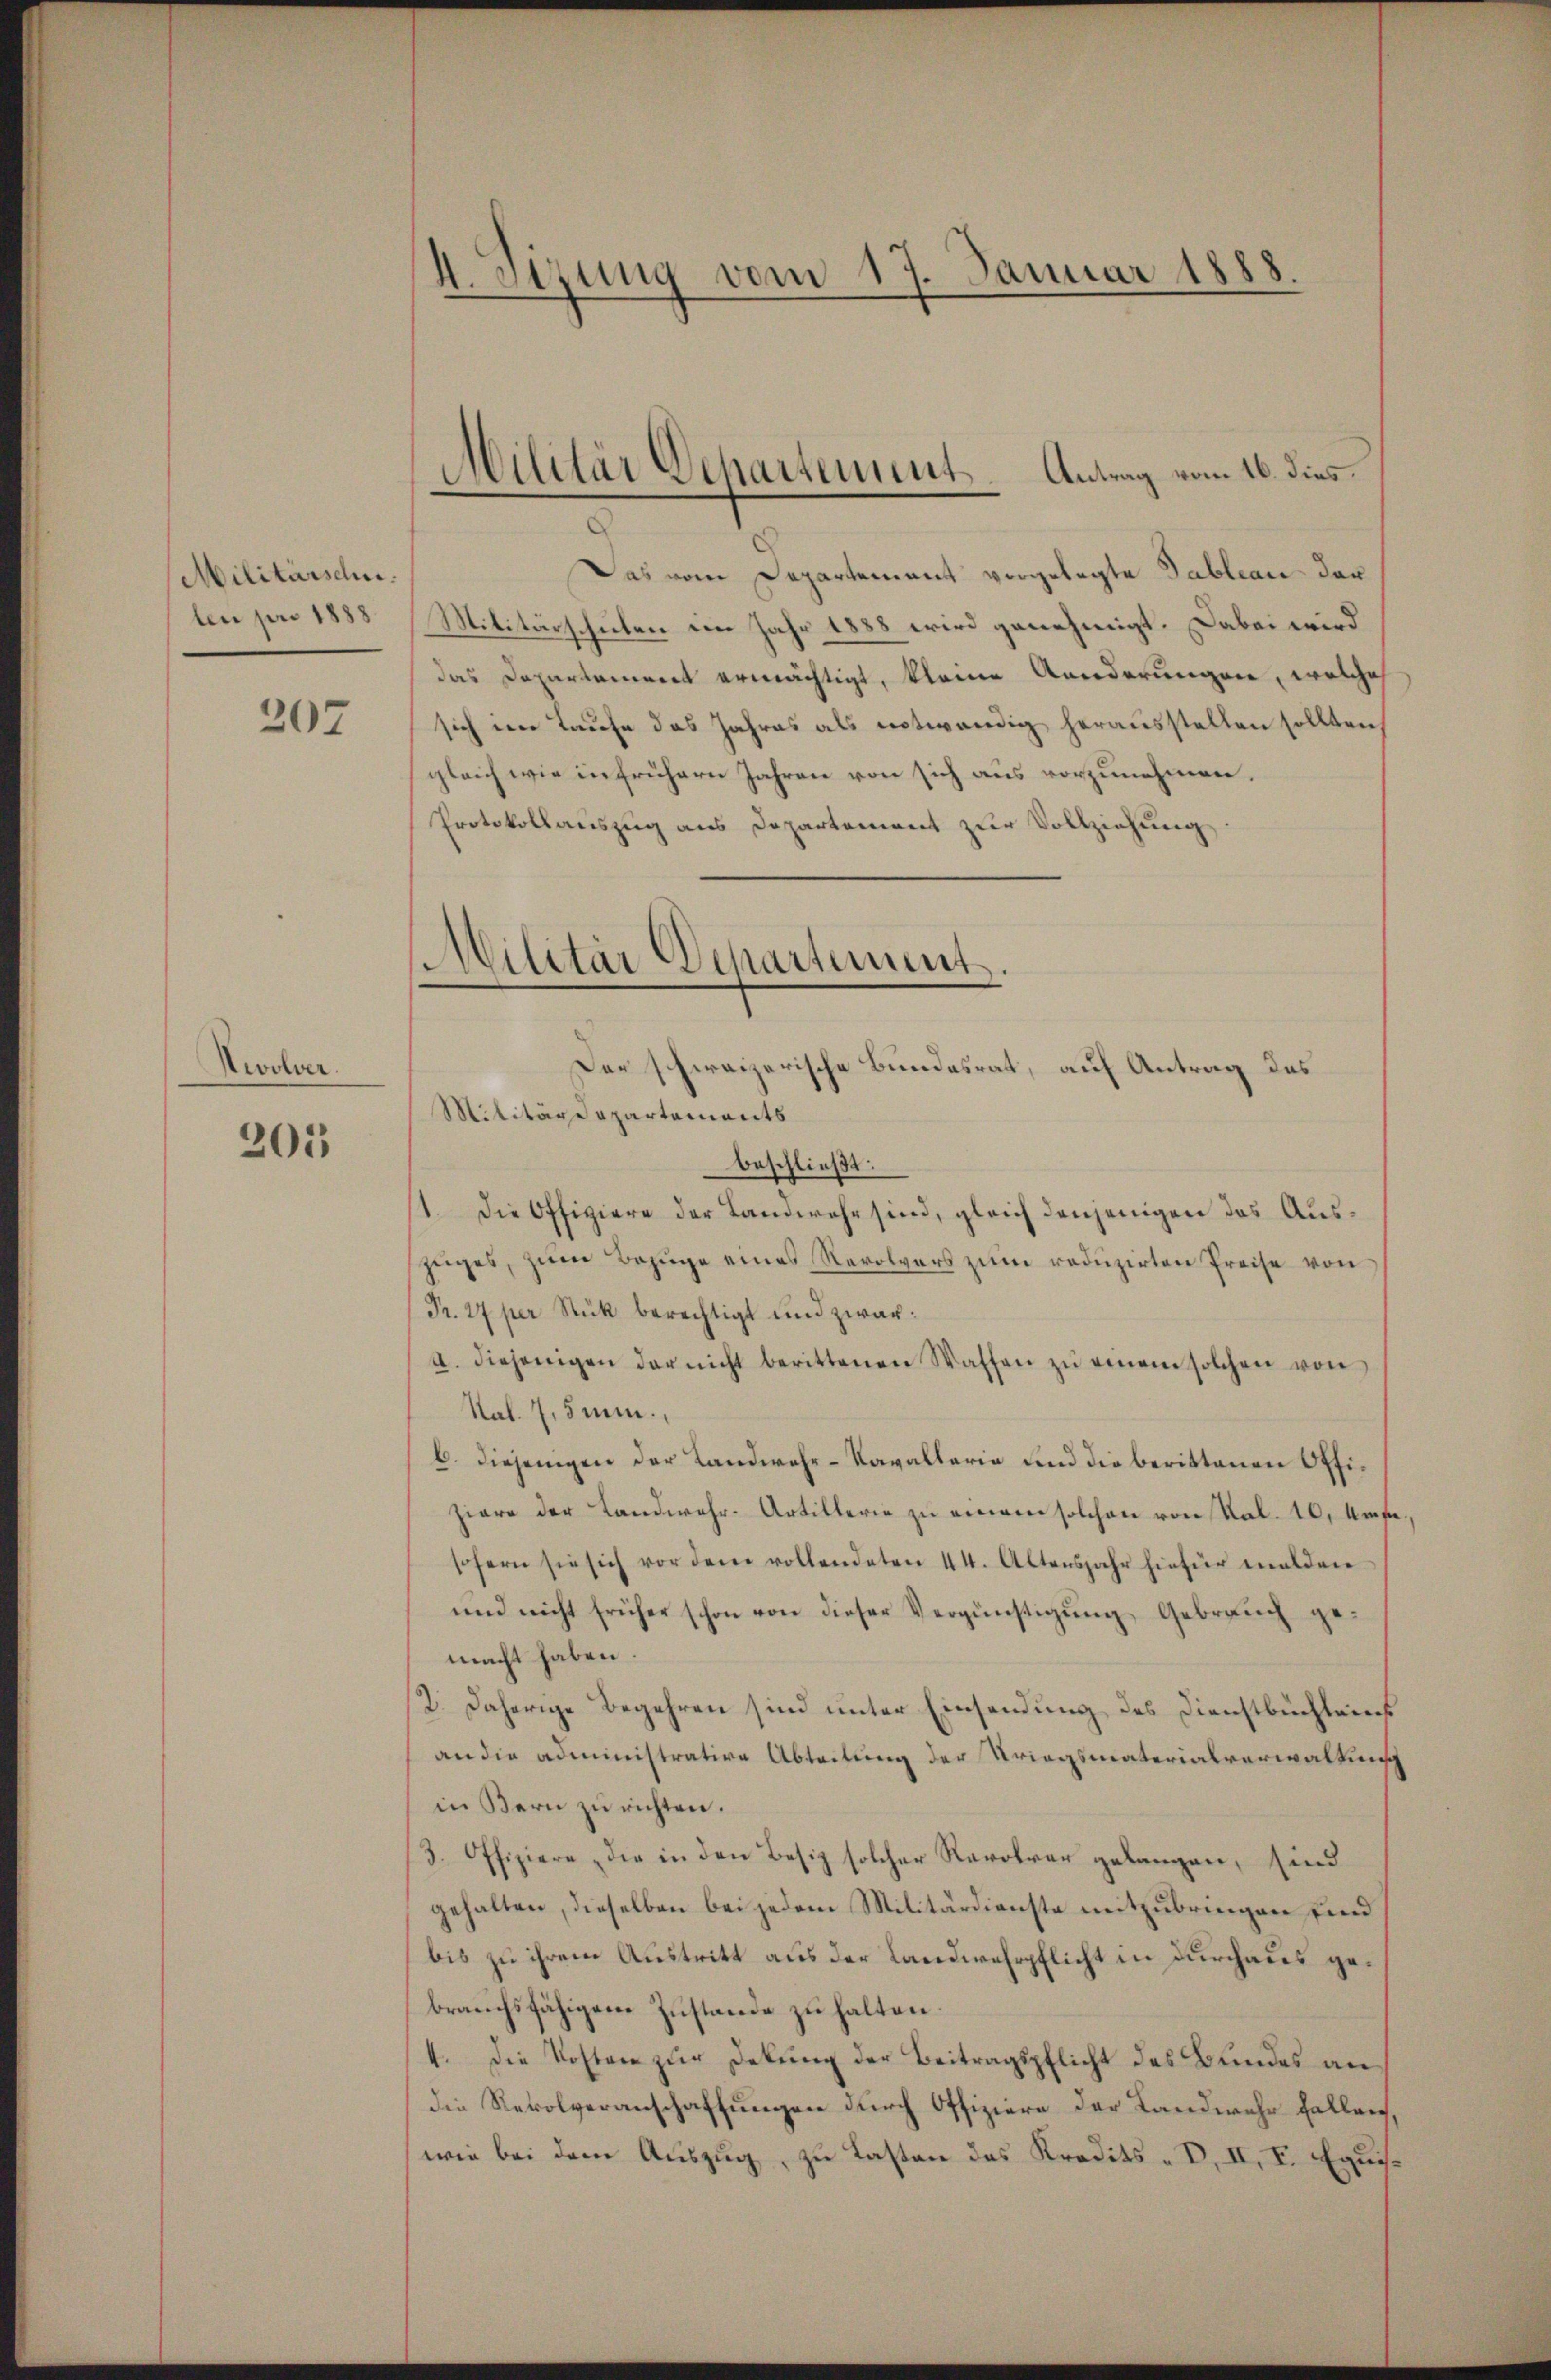
Militärsche.
ten pro 1888.

207

Zwolver.

205

4. Sizung vom 17. Januar 1888

Militär Dchartement. Antrag vom 16. dies

Das vom Departement vorgelegte Tableau dar
Militärschulen im Jahr 1888 wird genehmigt. Dabei wird
das Departement ermächtigt, kleine Aenderungen, welche
sich im Laufe das Jahres als notwendig herausstellen sollten
gleich wie in frühern Jahren von sich aus vorzunehmen.
Protokollauszug aus Departement zur Vollziehung
Militärdepartements
beschließt:
11. Die Offiziere der Landwehr sind, gleich denjenigen das Auszuges, zum Bezuge eines Revolvers zum reduzirten Preise von
Pr. 27 per Stük berechtigt und zwar:
I. diejenigen der nicht berittenen Waffen zŭ einem solchen von
Nal. 4,5 mi
b. diejenigen der Landwehr-Kavallaria und die berittenen Offiziere der Landwehr-Artillerie zu einem solchen von Sal. 10. Umfa
sofern sie sich vor dem vollendeten 44. Altersjahr hiefür melden
und nicht früher schon von dieser Vergünstigung Gebrauch gemacht haben.
2. Daherige Begehren sind unter Einsendung des Dienstbüchleins
an die administrative Abteilung der Kriegsmaterialverwaltung
in Bern zu richten.
3. Offiziere die in den Besiz solcher Revolver gelangen, sind
gehalten, dieselben bei jedem Militärdienste mitzubringen sind
bis zu ihrem Austritt aus der Landwehrpflicht in durchaus gebrauchsfähigene Zustande zu halten.
4. Die Kosten zur Dekung der Beitragspflicht des Bundes an
die Revolveranschaffungen durch Offiziere der Landwehr Fallen,
wie bei dem Auszug, zu Lasten des Kredits-B. II. V. Equis.

Militär Departement.
Der schweizerische Bundesrat, auf Antrag des